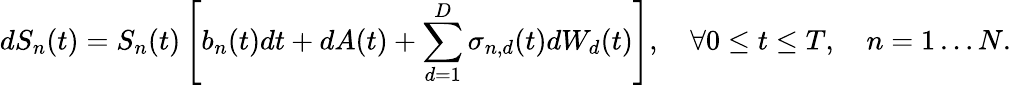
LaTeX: dS_{n}(t)=S_{n}(t)\left[b_{n}(t)dt+dA(t)+\sum_{d=1}^{D}\sigma_{n,d}(t)dW_{d}(t)\right],\quad\forall 0\leq t\leq T,\quad n=1\ldots N.